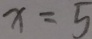
x = 5